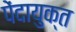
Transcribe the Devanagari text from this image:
पेंदायुक्त